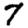
Digit: 7